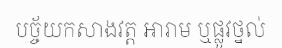
បច្ច័យកសាងវត្ត អារាម ឬផ្លូវថ្នល់